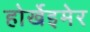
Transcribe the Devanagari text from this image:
होर्खेइमेर